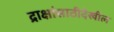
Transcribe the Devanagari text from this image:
द्राक्षांसाठीदेखील